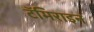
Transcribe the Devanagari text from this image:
टॅमिराइन